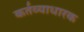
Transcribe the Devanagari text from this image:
कर्तव्याधारक